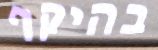
בהיקף